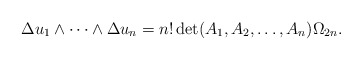
\begin{align*}\Delta u_1\wedge \dots\wedge\Delta u_n=n!\det(A_1,A_2,\dots,A_n)\Omega_{2n}.\end{align*}